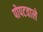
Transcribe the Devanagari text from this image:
पोपटवाले